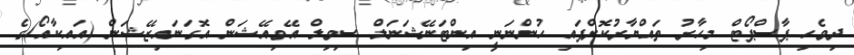
ދިވެހި ޕާސްޕޯޓް މިހާރު ތައްޔާރުކޮށްފައި ހުންނަނީ އިންޓަނޭޝަނަލް ސިވިލް އޭވިއޭޝަން އޮގަނައިޒޭޝަން (އައިކާއޯ)ގެ